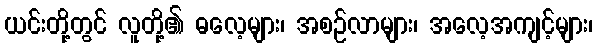
ယင်းတို့တွင် လူတို့၏ ဓလေ့များ၊ အစဉ်လာများ၊ အလေ့အကျင့်များ၊